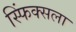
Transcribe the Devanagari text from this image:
स्फिंक्सला